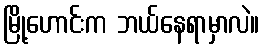
မြို့ဟောင်းက ဘယ်နေရာမှာလဲ။